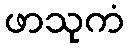
ဖာသုကံ